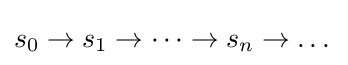
s_{0}\to s_{1}\to \dots \to s_{n}\to \dots